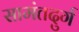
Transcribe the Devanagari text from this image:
सामंतदुर्ग